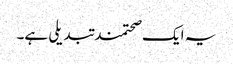
یہ ایک صحتمند تبدیلی ہے۔